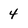
Character: 4